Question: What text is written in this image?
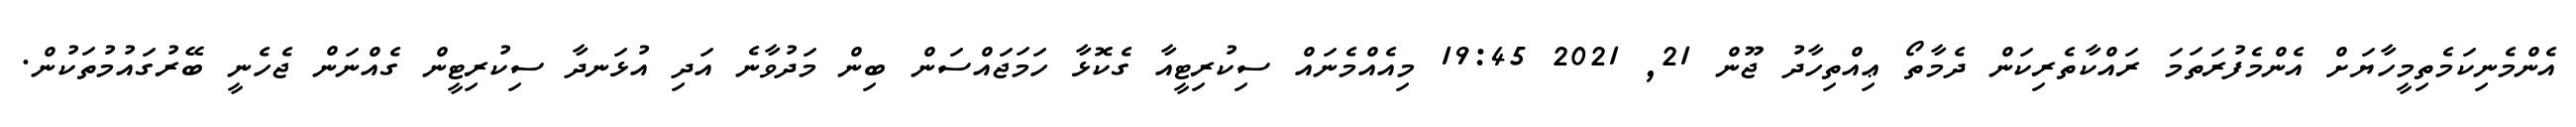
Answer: އެންމެނިކަމެތިމީހާޔަށް އެންމެފުރަތަމަ ރައްކާތެރިކަން ދެމާތޯ ޢިއްތިހާދު ޖޫން 21, 2021 19:45 މިއެއްމެނައް ސިކުރިޓީއާ ގެކޮޅާ ހަމަޖައްސަން ބިން މަދުވާނެ އަދި އުޅަނދާ ސިކުރިޓީން ގެއްނަން ޖެހެނީ ބޭރުގައުމުތަކުން.